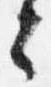
言